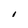
Character: I